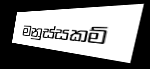
මනුස්සකම්